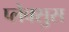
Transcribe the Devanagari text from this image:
प्लेक्सुस